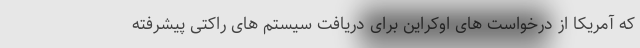
که آمریکا از درخواست های اوکراین برای دریافت سیستم های راکتی پیشرفته